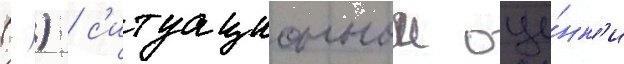
(-) / с'итуационнои оце́нк'и